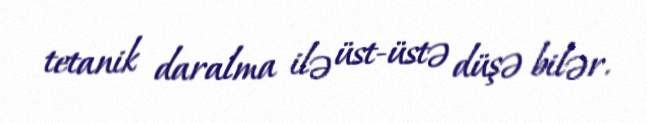
tetanik daralma ilə üst-üstə düşə bilər.